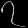
Digit: ၇